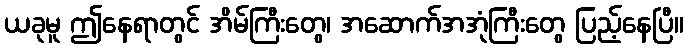
ယခုမူ ဤနေရာတွင် အိမ်ကြီးတွေ၊ အဆောက်အအုံကြီးတွေ ပြည့်နေပြီ။